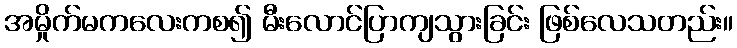
အမှိုက်မကလေးကစ၍ မီးလောင်ပြာကျသွားခြင်း ဖြစ်လေသတည်း။